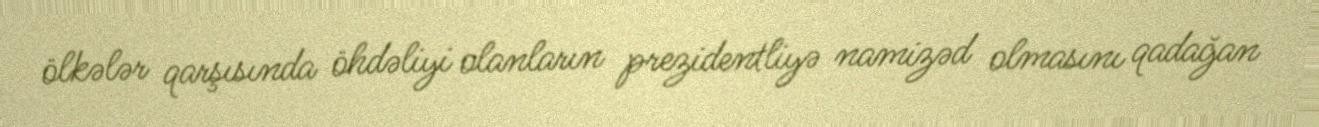
ölkələr qarşısında öhdəliyi olanların prezidentliyə namizəd olmasını qadağan